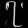
Digit: ၇